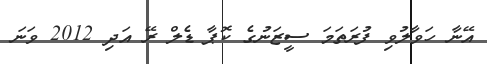
އޭނާ ހަވާލުވި ފުރަތަމަ ސީޒަނުގެ ކޮޕާ ޑެލް ރޭ އަދި 2012 ވަނަ